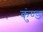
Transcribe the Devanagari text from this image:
कुंण्ड